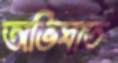
অভিঘাত